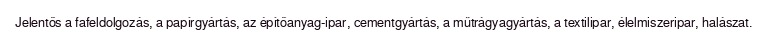
Jelentős a fafeldolgozás, a papírgyártás, az építőanyag-ipar, cementgyártás, a műtrágyagyártás, a textilipar, élelmiszeripar, halászat.